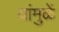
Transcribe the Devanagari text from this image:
यांमुळें